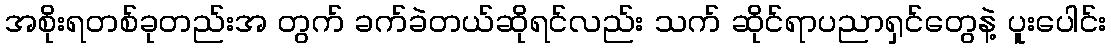
အစိုးရတစ်ခုတည်းအ တွက် ခက်ခဲတယ်ဆိုရင်လည်း သက် ဆိုင်ရာပညာရှင်တွေနဲ့ ပူးပေါင်း